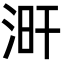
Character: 涆